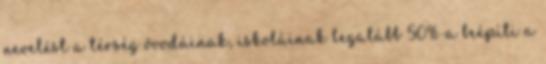
nevelést a térség óvodáinak, iskoláinak legalább 50%-a beépíti a